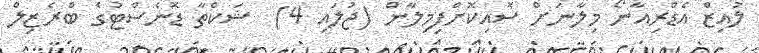
ލުއިޒް އެޑްރިއާނޯ މިލާނަށް ސޮއިކޮށްފިމިލާން (ޖުލައި 4)  ޝަކްތާ ޑޮނެސްޓުގެ ބްރެޒިލް